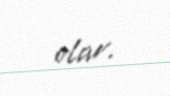
olar.